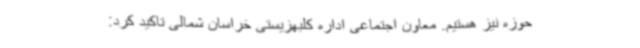
حوزه نیز هستیم. معاون اجتماعی اداره کلبهزیستی خراسان شمالی تاکید کرد: